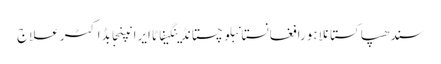
سندھپاکستانلاہورافغانستانبلوچستانڈینگیفاٹاایرانپنجابڈاکٹرعلاج